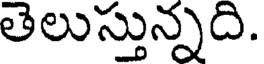
తెలుస్తున్నది.